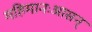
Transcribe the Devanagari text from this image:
महिमानःआसन्